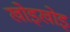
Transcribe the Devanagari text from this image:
खोइखोइ